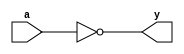
`timescale 1ns / 1ps
//////////////////////////////////////////////////////////////////////////////////
// Company: 
// Engineer: 
// 
// Design Name: 
// Module Name:    NOT 
// Project Name: 
// Target Devices: 
// Tool versions: 
// Description: 
//
// Dependencies: 
//
// Revision: 
// Revision 0.01 - File Created
// Additional Comments: 
//
//////////////////////////////////////////////////////////////////////////////////
module NOT(
input a,
output y
);
assign y=~a;
endmodule